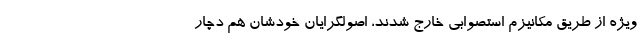
ویژه از طریق مکانیزم استصوابی خارج شدند، اصولگرایان خودشان هم دچار